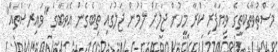
މަސްތުވާތެކތީގެ ވިޔަފާރި ކުރާ މީހުން ޖަލަށް ލުމުން ޖަލުގައި ތިބެގެން އެވަބާގެ "ވައިރަސްތައް"